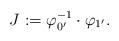
LaTeX: \begin{align*}J:=\varphi_{0^{\prime}}^{-1}\cdot\varphi_{1^{\prime}}.\end{align*}